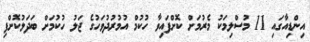
އިންޑިއާގައި 11 މުސްލިމަކު މެރުމަށް ކޮށްފައިވާ ހުކުމް އުމުރުދުވަހުގެ ޖަލު ހުކުމަށް ބަދަލުކޮށްފި